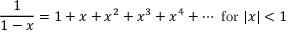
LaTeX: { \frac { 1 } { 1 - x } } = 1 + x + x ^ { 2 } + x ^ { 3 } + x ^ { 4 } + \cdots { \mathrm { ~ f o r ~ } } | x | < 1